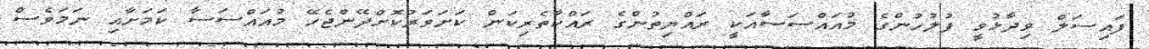
ފައިސަލް ވިދާޅުވީ ފުލުހުންގެ މުއައްސަސާއަކީ ރައްޔިތުންގެ ރައްކާތެރިކަން ކަށަވަރުކޮށްދޭންޖެހޭ މުއައްސަސާ ކަމަށާއި ނަމަވެސް